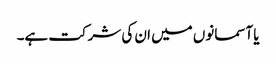
یا آسمانوں میں ان کی شرکت ہے۔